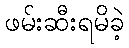
ဖမ်းဆီးရမိခဲ့